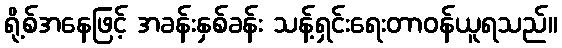
ရို့စ်အနေဖြင့် အခန်းနှစ်ခန်း သန့်ရှင်းရေးတာဝန်ယူရသည်။